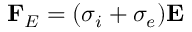
\mathbf { F } _ { E } = ( \sigma _ { i } + \sigma _ { e } ) \mathbf { E }